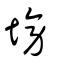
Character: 塝